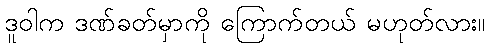
ဒူဝါက ဒဏ်ခတ်မှာကို ကြောက်တယ် မဟုတ်လား။